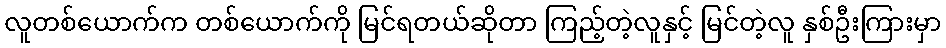
လူတစ်ယောက်က တစ်ယောက်ကို မြင်ရတယ်ဆိုတာ ကြည့်တဲ့လူနှင့် မြင်တဲ့လူ နှစ်ဦးကြားမှာ